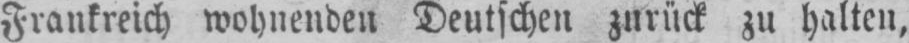
Frankreich wohnenden Deutschen zurück zu halten,